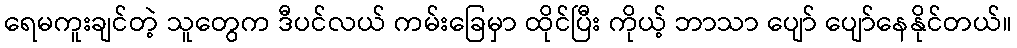
ရေမကူးချင်တဲ့ သူတွေက ဒီပင်လယ် ကမ်းခြေမှာ ထိုင်ပြီး ကိုယ့် ဘာသာ ပျော် ပျော်နေနိုင်တယ်။